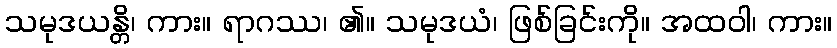
သမုဒယန္တိ၊ ကား။ ရာဂဿ၊ ၏။ သမုဒယံ၊ ဖြစ်ခြင်းကို။ အထဝါ၊ ကား။